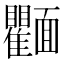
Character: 𩉘